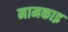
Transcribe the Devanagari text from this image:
नामकाइ